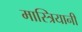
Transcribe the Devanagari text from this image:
मास्त्रियानी